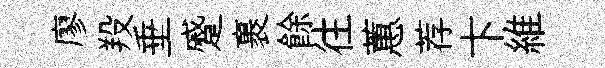
廖羖垂蹙裹餘往蕙荐卞維